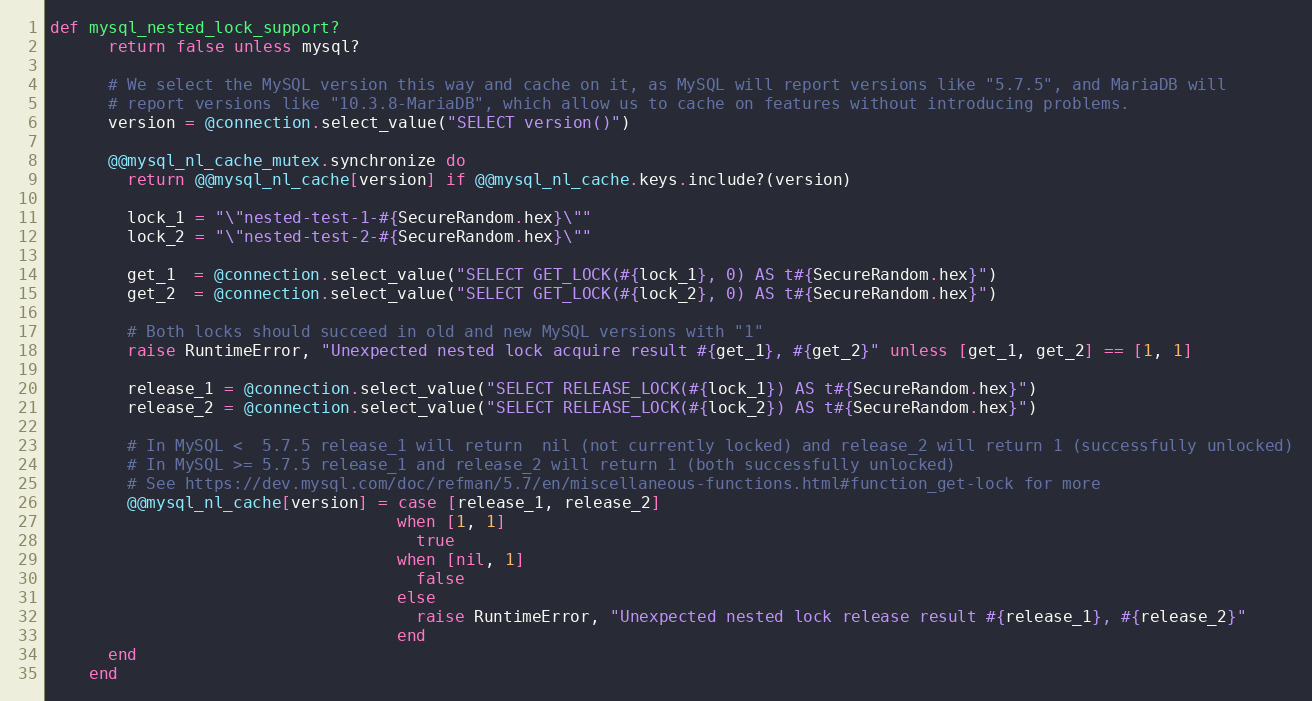
Language: Ruby
def mysql_nested_lock_support?
      return false unless mysql?

      # We select the MySQL version this way and cache on it, as MySQL will report versions like "5.7.5", and MariaDB will
      # report versions like "10.3.8-MariaDB", which allow us to cache on features without introducing problems.
      version = @connection.select_value("SELECT version()")

      @@mysql_nl_cache_mutex.synchronize do
        return @@mysql_nl_cache[version] if @@mysql_nl_cache.keys.include?(version)

        lock_1 = "\"nested-test-1-#{SecureRandom.hex}\""
        lock_2 = "\"nested-test-2-#{SecureRandom.hex}\""

        get_1  = @connection.select_value("SELECT GET_LOCK(#{lock_1}, 0) AS t#{SecureRandom.hex}")
        get_2  = @connection.select_value("SELECT GET_LOCK(#{lock_2}, 0) AS t#{SecureRandom.hex}")

        # Both locks should succeed in old and new MySQL versions with "1"
        raise RuntimeError, "Unexpected nested lock acquire result #{get_1}, #{get_2}" unless [get_1, get_2] == [1, 1]

        release_1 = @connection.select_value("SELECT RELEASE_LOCK(#{lock_1}) AS t#{SecureRandom.hex}")
        release_2 = @connection.select_value("SELECT RELEASE_LOCK(#{lock_2}) AS t#{SecureRandom.hex}")

        # In MySQL <  5.7.5 release_1 will return  nil (not currently locked) and release_2 will return 1 (successfully unlocked)
        # In MySQL >= 5.7.5 release_1 and release_2 will return 1 (both successfully unlocked)
        # See https://dev.mysql.com/doc/refman/5.7/en/miscellaneous-functions.html#function_get-lock for more
        @@mysql_nl_cache[version] = case [release_1, release_2]
                                    when [1, 1]
                                      true
                                    when [nil, 1]
                                      false
                                    else
                                      raise RuntimeError, "Unexpected nested lock release result #{release_1}, #{release_2}"
                                    end
      end
    end